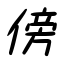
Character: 傍